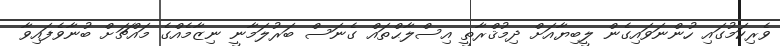
ވެރިކަމުގައި ހުންނަވައިގެން ލީބިޔާއަށް ދިމުޤްރާތީ އިސްލާޙްތައް ގެނަސް ބަރުލަމާނީ ނިޒާމެއްގެ މައްޗަށް ބުނާވެފައިވާ